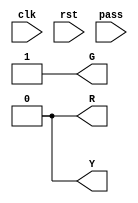
module traffic_light (
    input  clk,
    input  rst,
    input  pass,
    output wire R,
    output wire G,
    output wire Y
);

reg [9:0] ctr ;
reg [2:0] mode ;
//mode 2'd0 = Green_1
//mode 2'd1 = None_1
//mode 2'd2 = Green_2
//mode 2'd3 = None_2
//mode 2'd4 = Green_3
//mode 2'd5 = Yellow
//mode 2'd6 = Red
reg [11:0] index ;

//initialize 
always @(rst) begin
    ctr <= 10'd0 ;
    mode <= 3'd0 ;
    index <= 12'd0 ;
end

always @(posedge clk) begin
    index <= index + 12'd1 ;

    if(pass && mode != 3'd0) begin
        ctr <= 10'd0 ;
        mode <= 3'd0 ;
    end 
    
    else begin
        case (mode)
        3'd0: begin
            if(ctr == 10'd511) begin
                mode <= mode + 3'd1 ;
                ctr <= 10'd0 ;
            end
            else begin
                ctr <= ctr + 10'd1 ;
            end
        end
        3'd1: begin
            if(ctr == 10'd63) begin
                mode <= mode + 3'd1 ;
                ctr <= 10'd0 ;
            end
            else begin
                ctr <= ctr+ 10'd1 ;
            end
        end
        3'd2: begin
            if(ctr == 10'd63) begin
                mode <= mode + 3'd1 ;
                ctr <= 10'd0 ;
            end
            else begin
                ctr <= ctr + 10'd1 ;
            end
        end
        3'd3: begin
            if(ctr == 10'd63) begin
                mode <= mode + 3'd1 ;
                ctr <= 10'd0 ;
            end
            else begin
                ctr <= ctr + 10'd1 ;
            end
        end
        3'd4: begin
            if(ctr == 10'd63) begin
                mode <= mode + 3'd1 ;
                ctr <= 10'd0 ;
            end
            else begin
                ctr <= ctr + 10'd1 ;
            end
        end
        3'd5: begin
            if(ctr == 10'd255) begin
                mode <= mode + 3'd1 ;
                ctr <= 10'd0 ;
            end
            else begin
                ctr <= ctr + 10'd1 ;
            end
        end
        3'd6: begin
            if(ctr == 10'd511) begin
                mode <= 3'd0 ;
                ctr <= 10'd0 ;
            end
            else begin
                ctr <= ctr + 10'd1 ;
            end
        end
        endcase    
    end
    
end

assign G = (mode == 3'd0 || mode == 3'd2 || mode == 3'd4) ? 1 : 0 ;
assign Y = (mode == 3'd5) ? 1 : 0 ;
assign R = (mode == 3'd6) ? 1 : 0 ;

endmodule